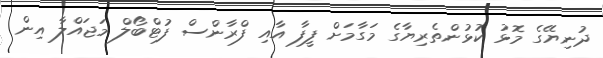
ދުނިޔޭގެ މޮޅު ކުޅުންތެރިޔާގެ މަގާމަށް ފީފާ އާއި ފްރާންސް ފުޓްބޯލް މަޖައްލާ އިން